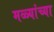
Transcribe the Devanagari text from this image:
मळ्यांच्या